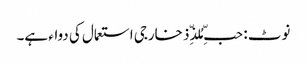
نوٹ : حبِّ مُلذِّذ خارجی استعمال کی دواء ہے۔